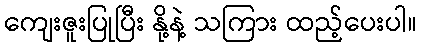
ကျေးဇူးပြုပြီး နို့နဲ့ သကြား ထည့်ပေးပါ။